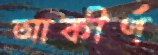
আকীর্ণ